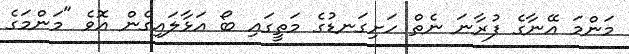
މަންމަ އޭނާގެ ފުރާނަ ނެތް ހަށިގަނޑުގެ މަތީގައި ބޯ އަޅާލައިގެން އޮވެ "މަންމަގެ